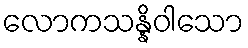
လောကသန္နိဝါသော